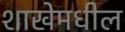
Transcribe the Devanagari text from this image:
शाखेमधील